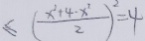
\leq ( \frac { x ^ { 2 } + 4 - x ^ { 2 } } { 2 } ) ^ { 2 } = 4